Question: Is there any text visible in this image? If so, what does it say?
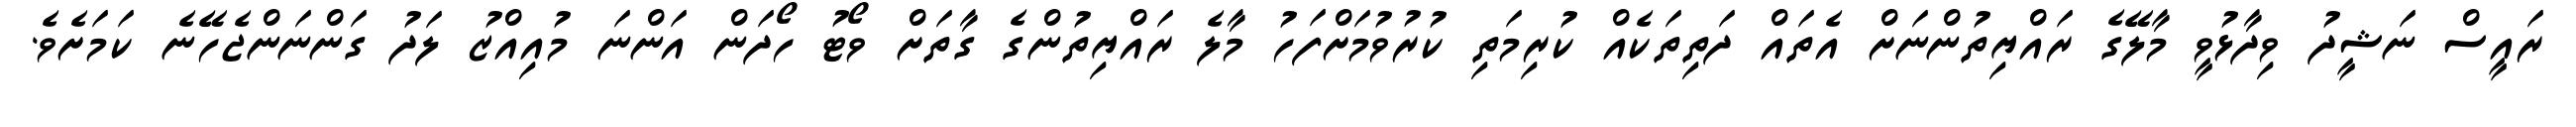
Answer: ރައީސް ނަޝީދު ވިދާޅުވީ މާލޭގެ ރައްޔިތުންނަށް އެތައް ދަތިތަކެއް ކުރިމަތި ކުރުވުމަށްފަހު މާލެ ރައްޔިތުންގެ ގާތަށް ވޯޓު ހޯދަން އަންނަ މުއިއްޒު ލަދު ގަންނަންޖެހޭނެ ކަމަށެވެ.